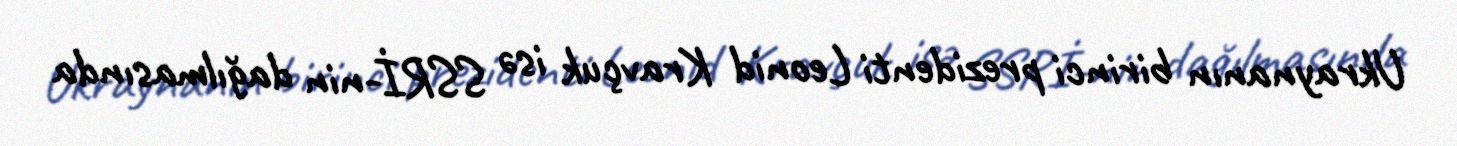
Ukraynanın birinci prezidenti Leonid Kravçuk isə SSRİ-nin dağılmasında